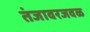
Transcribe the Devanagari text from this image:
तंजावरजवळ